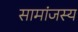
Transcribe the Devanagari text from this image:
सामांजस्य